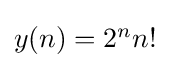
{\textstyle y(n)=2^{n}n!}